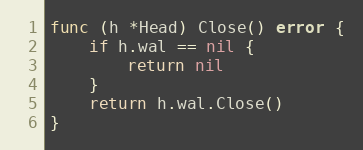
Language: Go
func (h *Head) Close() error {
	if h.wal == nil {
		return nil
	}
	return h.wal.Close()
}